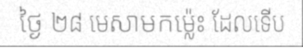
ថ្ងៃ ២៨ មេសាមកម្ល៉េះ ដែលទើប